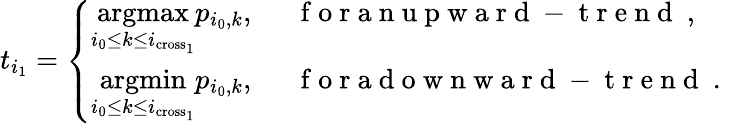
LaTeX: t_{i_{1}}=\left\{ \begin{array}{ll}{\underset{i_{0}\leq k\leq i_{\textrm{cross}_{1}}}{\textrm{argmax}}p_{i_{0},k},}&{\mathrm{~\textrm~{~f~o~r~a~n~u~p~w~a~r~d~-~t~r~e~n~d~}~},}\\ {\underset{{i_{0}\leq k\leq i_{\textrm{cross}_{1}}}}{\textrm{argmin}}p_{i_{0},k},}&{\mathrm{~\textrm~{~f~o~r~a~d~o~w~n~w~a~r~d~-~t~r~e~n~d~}~.~}}\end{array}\right.